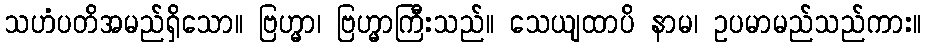
သဟံပတိအမည်ရှိသော။ ဗြဟ္မာ၊ ဗြဟ္မာကြီးသည်။ သေယျထာပိ နာမ၊ ဥပမာမည်သည်ကား။